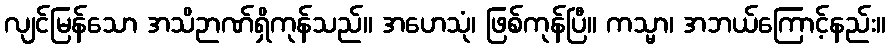
လျင်မြန်သော အသိဉာဏ်ရှိကုန်သည်။ အဟေသုံ၊ ဖြစ်ကုန်ပြီ။ ကသ္မာ၊ အဘယ်ကြောင့်နည်း။